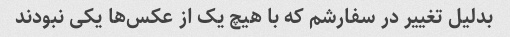
بدلیل تغییر در سفارشم که با هیچ یک از عکس‌ها یکی نبودند